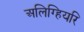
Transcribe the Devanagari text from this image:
अलिग्हियरि